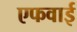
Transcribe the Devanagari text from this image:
एफवाई